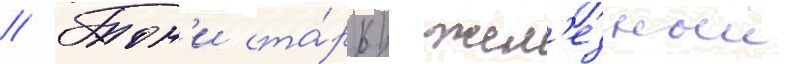
// Тон'и ста́рк/ жел'езныи